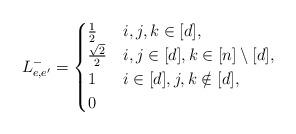
LaTeX: \begin{align*}L^{-}_{e,e'}=\begin{cases} \frac{1}{2} & i,j,k\in [d],\\ \frac{\sqrt{2}}{2} & i,j\in[d], k\in[n]\setminus[d],\\1 & i\in[d], j,k\notin[d],\\0 & \end{cases}\end{align*}